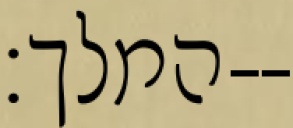
המלך׃--